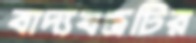
বাদ্যযন্ত্রটির